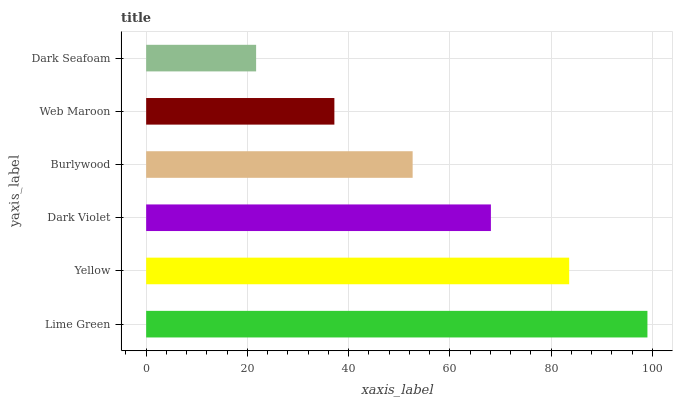
| yaxis_label | bars |
 | --- | --- |
 | Lime Green | 99 |
 | Yellow | 83.5 |
 | Dark Violet | 68.1 |
 | Burlywood | 52.6 |
 | Web Maroon | 37.2 |
 | Dark Seafoam | 21.7 |